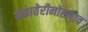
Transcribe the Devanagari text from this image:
येकातेरीनोस्लाव